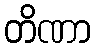
တိဏာ